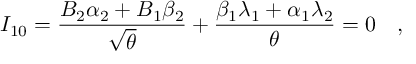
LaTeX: I _ { 1 0 } = { \frac { B _ { 2 } \alpha _ { 2 } + B _ { 1 } \beta _ { 2 } } { \sqrt { \theta } } } + { \frac { \beta _ { 1 } \lambda _ { 1 } + \alpha _ { 1 } \lambda _ { 2 } } { \theta } } = 0 \quad ,